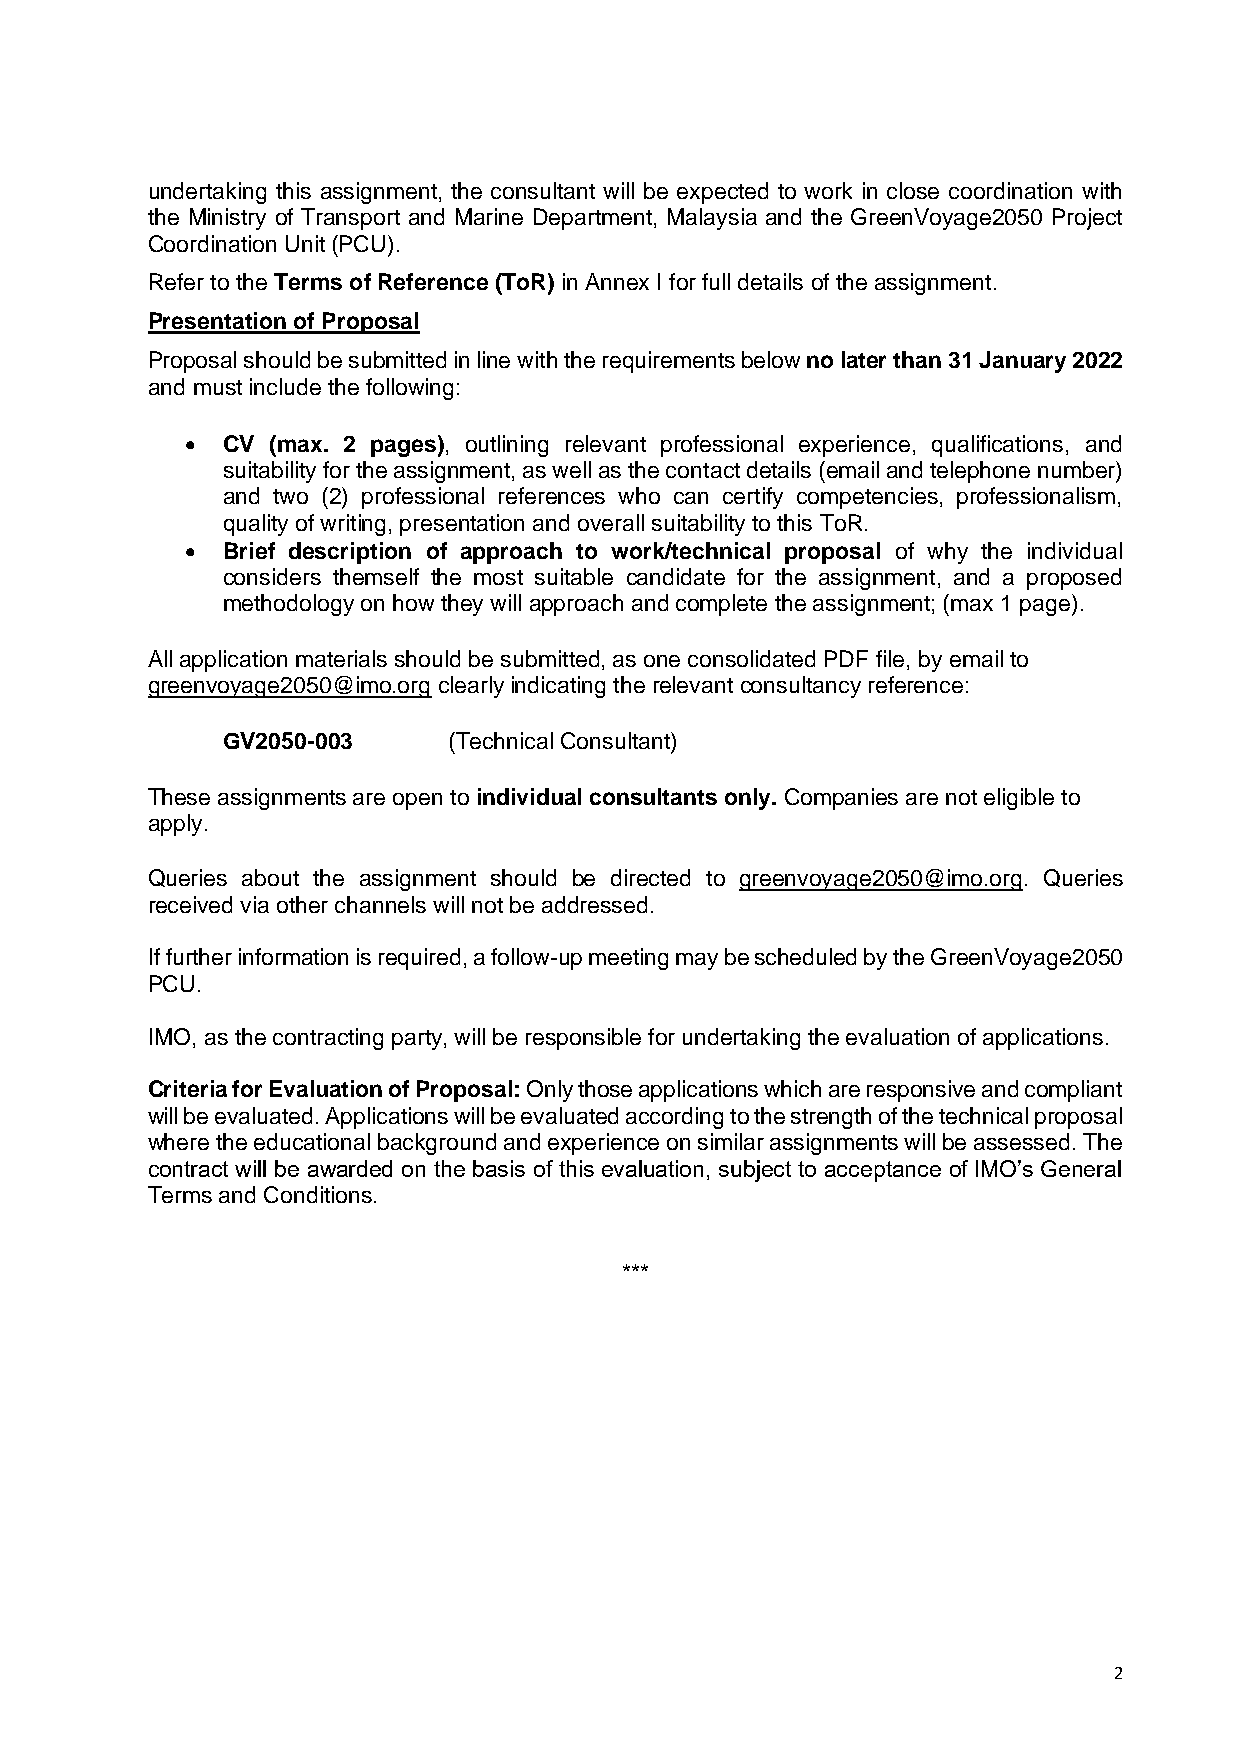
undertaking this assignment, the consultant will be expected to work in close coordination with
 the Ministry of Transport and Marine Department, Malaysia and the GreenVoyage2050 Project
 Coordination Unit (PCU).
 Refer to the Terms of Reference (ToR) in Annex I for full details of the assignment.
 Presentation of Proposal
 Proposal should be submitted in line with the requirements below no later than 31 January 2022
 and must include the following:
 •  CV (max. 2 pages), outlining relevant professional experience, qualifications, and
 suitability for the assignment, as well as the contact details (email and telephone number)
 and two (2) professional references who can certify competencies, professionalism,
 quality of writing, presentation and overall suitability to this ToR.
 •  Brief description of approach to work/technical proposal of why the individual
 considers themself the most suitable candidate for the assignment, and a proposed
 methodology on how they will approach and complete the assignment; (max 1 page).
 All application materials should be submitted, as one consolidated PDF file, by email to
 greenvoyage2050@imo.org clearly indicating the relevant consultancy reference:
 GV2050-003     (Technical Consultant)
 These assignments are open to individual consultants only. Companies are not eligible to
 apply.
 Queries about the assignment should be directed to greenvoyage2050@imo.org. Queries
 received via other channels will not be addressed.
 If further information is required, a follow-up meeting may be scheduled by the GreenVoyage2050
 PCU.
 IMO, as the contracting party, will be responsible for undertaking the evaluation of applications.
 Criteria for Evaluation of Proposal: Only those applications which are responsive and compliant
 will be evaluated. Applications will be evaluated according to the strength of the technical proposal
 where the educational background and experience on similar assignments will be assessed. The
 contract will be awarded on the basis of this evaluation, subject to acceptance of IMO’s General
 Terms and Conditions.
 ***
 2